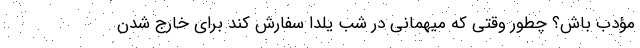
مؤدب باش؟ چطور وقتی که میهمانی در شب یلدا سفارش کند برای خارج شدن